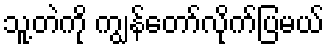
သူ့တဲကို ကျွန်တော်လိုက်ပြမယ်